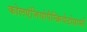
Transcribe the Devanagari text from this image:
कोलएंजियोपैन्क्रियेटोग्राफी